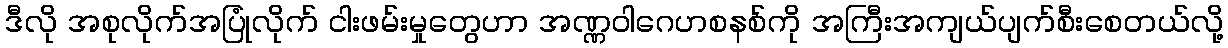
ဒီလို အစုလိုက်အပြုံလိုက် ငါးဖမ်းမှုတွေဟာ အဏ္ဏဝါဂေဟစနစ်ကို အကြီးအကျယ်ပျက်စီးစေတယ်လို့